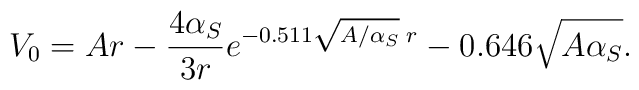
V_{0} = A r - \frac {4 \alpha_{S}}{3 r} e^{-0.511\sqrt{A/\alpha_{S}} \; r}-0.646 \sqrt{A\alpha_{S}}.